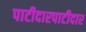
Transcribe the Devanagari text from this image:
पाटीदारपाटीदार